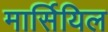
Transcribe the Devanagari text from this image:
मार्सियिल